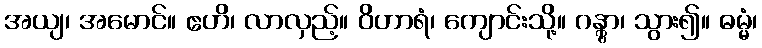
အယျ၊ အမောင်။ ဧဟိ၊ လာလှည့်။ ဝိဟာရံ၊ ကျောင်းသို့။ ဂန္တွာ၊ သွား၍။ ဓမ္မံ၊